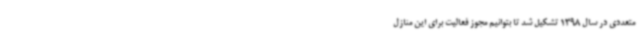
متعددی در سال 1398 تشکیل شد تا بتوانیم مجوز فعالیت برای این منازل